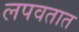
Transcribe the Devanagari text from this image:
लपवतात